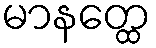
မာနတ္ထေ